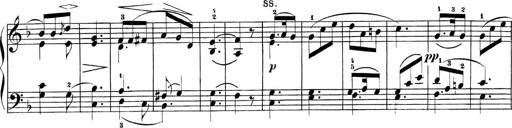
Title: Sonatinen Op.47, 98 und 136, nebst 6 Liedersonatinen
Composer: Carl Reinecke